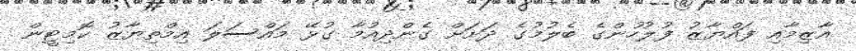
އާޒިމާއި ފައްޔާޒު ފުލުހުންގެ ބެލުމުގެ ދަށަށް ގެންދިއުމާ ގުޅޭ މައްސަލަ އިމްތިޔާޒު ކޮމިޓީން